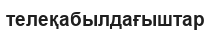
телеқабылдағыштар